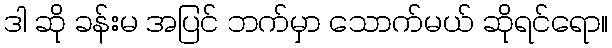
ဒါ ဆို ခန်းမ အပြင် ဘက်မှာ သောက်မယ် ဆိုရင်ရော။